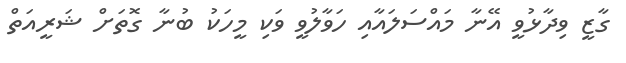
ގާޒީ ވިދާޅުވީ އޭނާ މައްސަލައާއި ހަވާލުވީ ވަކި މީހަކު ބުނާ ގޮތަށް ޝަރީއަތް